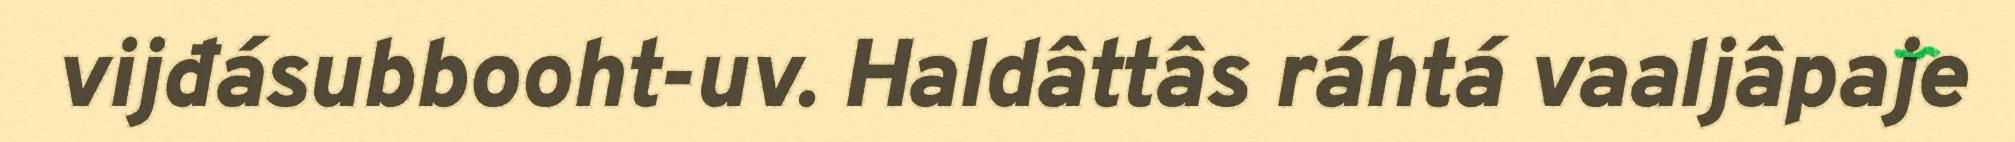
vijđásubbooht-uv. Haldâttâs ráhtá vaaljâpaje